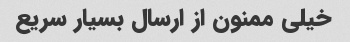
خیلی ممنون از ارسال بسیار سریع